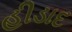
હીડાદ